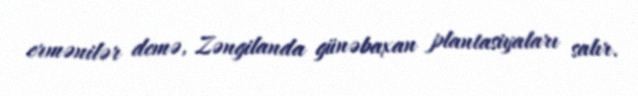
ermənilər demə, Zəngilanda günəbaxan plantasiyaları salır.